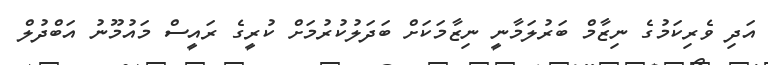
އަދި ވެރިކަމުގެ ނިޒާމް ބަރުލަމާނީ ނިޒާމަކަށް ބަދަލުކުރުމަށް ކުރީގެ ރައީސް މައުމޫނު އަބްދުލް